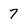
Character: 7